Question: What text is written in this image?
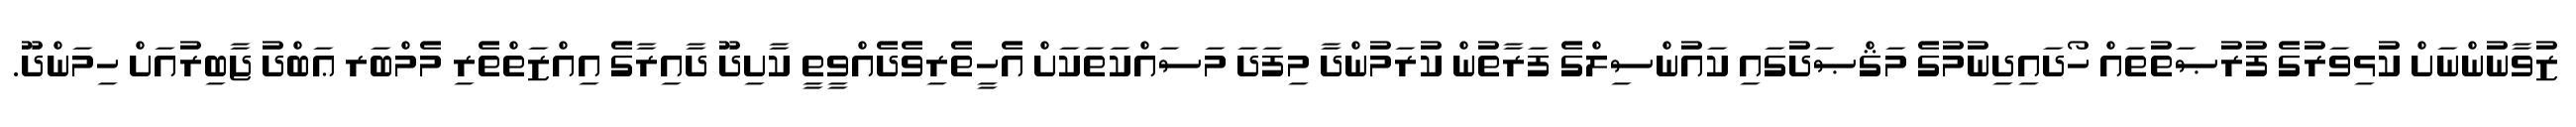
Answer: ޒުވާނުންނަށް ކުޅިވަރުގެ ފުރުޞަތުތައް ހޯދައިދިނުމުގެ މަޤްޞަދުގައި ކައުންސިލްގެ ފަރާތުން ކުރަމުންދާ މިފަދަ މަސައްކަތަކަށް އެހީތެރިވެދެއްވީތީ ކާށިދޫ ދާއިރާގެ އިއްޒަތްތެރި މެމްބަރ ޢަބްދު ޖާބިރުއަށް ހިމަންދޫ.